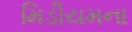
મિડીયમના